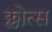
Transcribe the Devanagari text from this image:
क्लोत्स